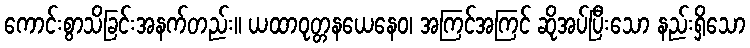
ကောင်းစွာသိခြင်းအနက်တည်း။ ယထာဝုတ္တနယေနေဝ၊ အကြင်အကြင် ဆိုအပ်ပြီးသော နည်းရှိသော